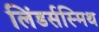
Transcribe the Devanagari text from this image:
लिंडर्सस्मिथ